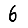
Digit: 6